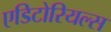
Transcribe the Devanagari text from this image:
एडिटोरियल्स